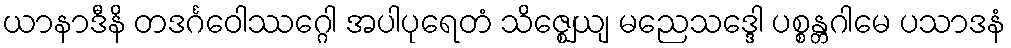
ယာနာဒီနိ တဒင်္ဂဝေါဿဂ္ဂေါ အပါပုရေတံ သိဇ္ဈေယျ မညေသဒ္ဒေါ ပစ္စန္တဂါမေ ပသာဒနံ